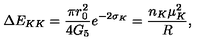
\Delta E _ { K K } = \frac { \pi r _ { 0 } ^ { 2 } } { 4 G _ { 5 } } e ^ { - 2 \sigma _ { K } } = \frac { n _ { K } \mu _ { K } ^ { 2 } } { R } ,